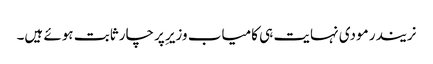
نریندر مودی نہایت ہی کامیاب وزیرِ پرچار ثابت ہوئے ہیں۔